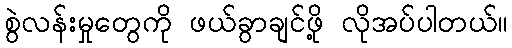
စွဲလန်းမှုတွေကို ဖယ်ခွာချင်ဖို့ လိုအပ်ပါတယ်။